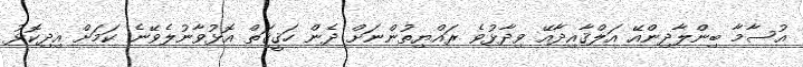
އުސާމާ ބިންލާދިންއޭ އަލްޤާއިދާއޭ ވިދާޅުވެ ރައްޔިތުންނަށް ދެން ހަޤީޤަތް އޮޅުވާނުލެވޭނެ ކަމަށް އިދިކޮޅު